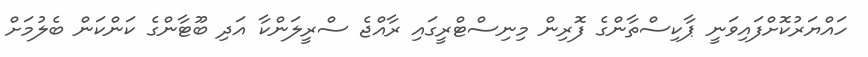
ހައްޔަރުކޮށްފައިވަނީ ޕާކިސްތާންގެ ފޮރިން މިނިސްޓްރީގައި ރާއްޖެ ސްރީލަންކާ އަދި ބޫޓާންގެ ކަންކަން ބެލުމަށް